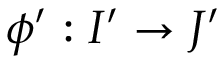
\phi ^ { \prime } : I ^ { \prime } \to J ^ { \prime }